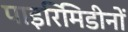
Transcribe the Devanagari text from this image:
पाइरिमिडीनों